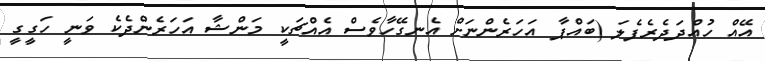
އޭއް ހުއްދަދެރެފެލަ (ބައްޕާ އަހަރެންނަށް އެނގޭހާވެސް އެއްޗަކީ މަންޝާ އަހަރެންދެކެ ވަނީ ހަގީގީ